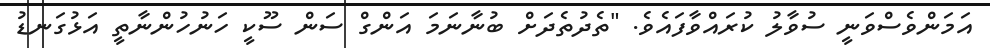
އަމަންވެސްވަނީ ސުވާލު ކުރައްވާފައެވެ. "ތެދުތެދަށް ބުނާނަމަ އަންގް ސަން ސޫކީ ހަނުހުންނާތީ އަޅުގަނޑު